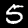
Digit: 5